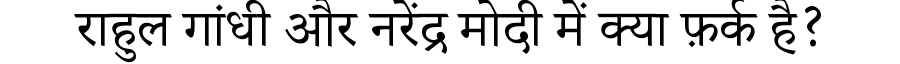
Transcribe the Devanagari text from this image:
राहुल गांधी और नरेंद्र मोदी में क्या फ़र्क है?